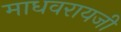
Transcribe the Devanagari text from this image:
माधवरायजी